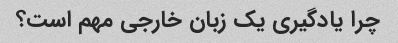
چرا یادگیری یک زبان خارجی مهم است؟